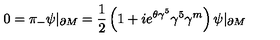
0 = \pi _ { - } \psi | _ { \partial M } = { \frac { 1 } { 2 } } \left( 1 + i e ^ { \theta \gamma ^ { 5 } } \gamma ^ { 5 } \gamma ^ { m } \right) \psi | _ { \partial M }